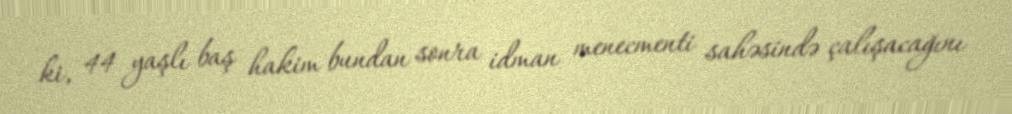
ki, 44 yaşlı baş hakim bundan sonra idman menecmenti sahəsində çalışacağını